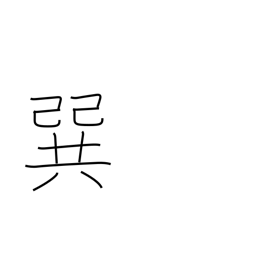
Meaning: southeast